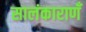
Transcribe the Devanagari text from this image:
सालंकाराणँ